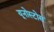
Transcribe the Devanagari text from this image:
यूनोस्टोस